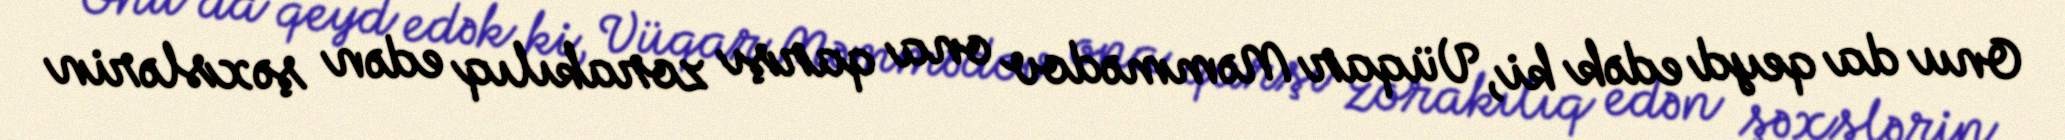
Onu da qeyd edək ki, Vüqar Məmmədov ona qarşı zorakılıq edən şəxslərin